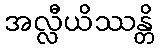
အလ္လီယိဿန္တိ